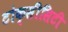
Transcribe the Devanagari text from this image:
टोक्सीसिटी